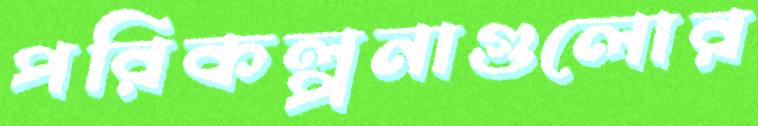
পরিকল্পনাগুলোর